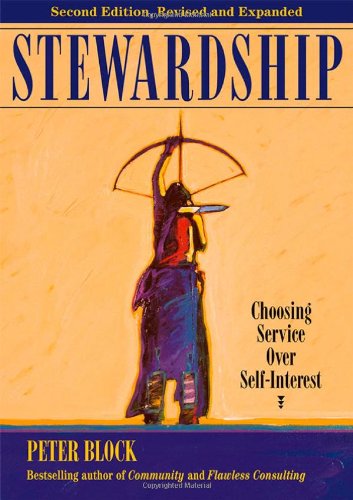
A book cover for Stewardship: Choosing Service Over Self-Interest; Peter Block; Business & Money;